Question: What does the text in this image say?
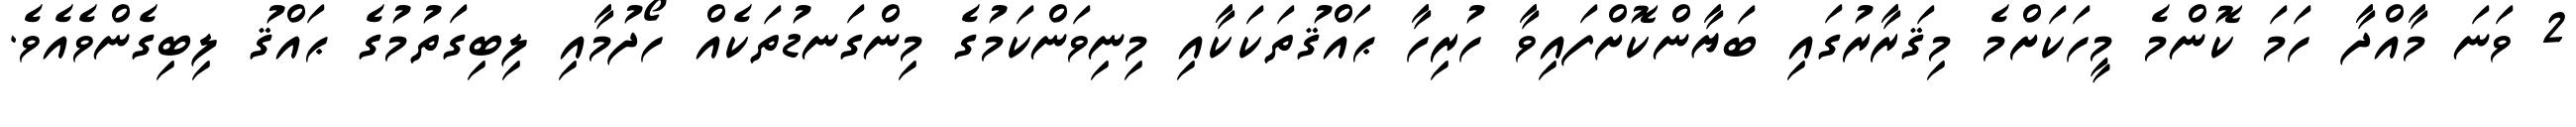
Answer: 2 ވަނަ މާއްދާ ހަމަ ކޮންމެ މީހަކަށްމެ މިޤަރާރުގައި ބަޔާންކޮށްފައިވާ ހުރިހާ ޙައްޤުތަކަކާއި މިނިވަންކަމުގެ މިންގަނޑުތަކެއް ހޯދުމާއި ލިބިގަތުމުގެ ޙައްޤު ލިބިގެންވެއެވެ.